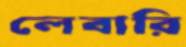
লেবারি